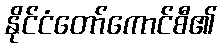
နိုင်ငံတော်ကောင်စီ၏